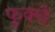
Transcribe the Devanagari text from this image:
फुक्चे